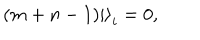
LaTeX: ( m + n - 1 ) \left| \right> _ { i } = 0 ,